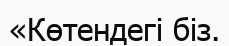
«Көтендегi бiз.